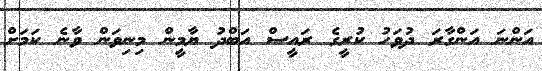
އަންނަ އަންގާރަ ދުވަހު ކުރީގެ ރައީސް އަބްދު ޔާމީން މިނިވަން ވާނެ ކަމަށް